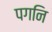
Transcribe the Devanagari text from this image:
पगनि